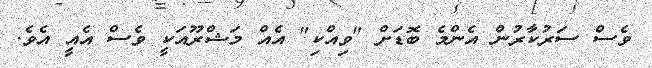
ވެސް ސަރުކާރުން އެންމެ ބޮޑަށް "ވިއްކި" އެއް މަޝްރޫއަކީ ވެސް އެއީ އެވެ.